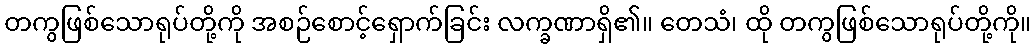
တကွဖြစ်သောရုပ်တို့ကို အစဉ်စောင့်ရှောက်ခြင်း လက္ခဏာရှိ၏။ တေသံ၊ ထို တကွဖြစ်သောရုပ်တို့ကို။